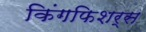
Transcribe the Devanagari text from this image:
किंगफिशर्स